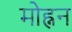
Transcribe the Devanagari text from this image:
मोह्नन